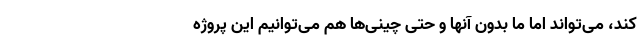
کند، می‌تواند اما ما بدون آنها و حتی چینی‌ها هم می‌توانیم این پروژه